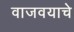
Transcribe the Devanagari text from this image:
वाजवयाचे